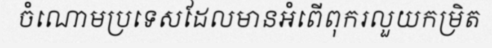
ចំណោមប្រទេសដែលមានអំពើពុករលួយកម្រិត